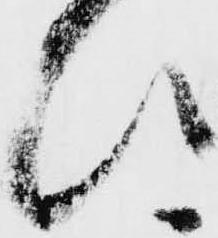
ひ